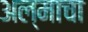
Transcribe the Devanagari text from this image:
अल्माचा